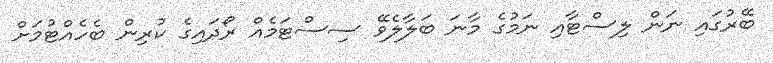
ބޭރުގައި ނަން ލިސްޓާއި ނަމުގެ މާނަ ބަލާލެވޭ ސިސްޓަމެއް ރޯދައިގެ ކުރިން ބެހެއްޓުމަށް